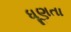
ધૂણતા